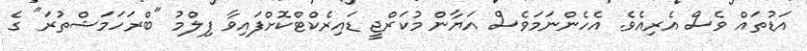
އަޑުތައް ވެސް އެރިއެވެ. އެހެންނަމަވެސް އަޔާން މުކަރްޖީ ޑައިރެކްޓްކޮށްފައިވާ ފިލްމު "ބްރަހަމަޝްތުރަ" ގެ